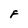
Character: F